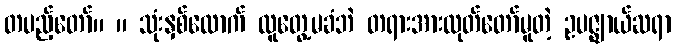
တပည့်တော်။ ။ သုံးနှစ်လောက် လူတွေ့မခံဘဲ တရားအားထုတ်တော်မူတဲ့ ဥပဇ္ဈာယ်ဆရာ